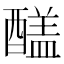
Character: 𨢸